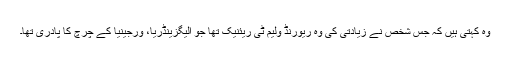
وہ کہتی ہیں کہ جس شخص نے زیادتی کی وہ ریورنڈ ولیم ٹی ریئنیک تھا جو الیگزینڈریا، ورجینیا کے چرچ کا پادری تھا۔